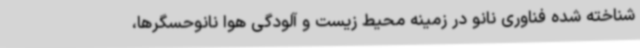
شناخته شده فناوری نانو در زمینه محیط زیست و آلودگی هوا نانوحسگرها،